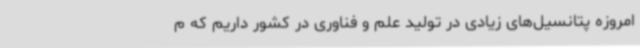
امروزه پتانسیل‌های زیادی در تولید علم و فناوری در کشور داریم که م